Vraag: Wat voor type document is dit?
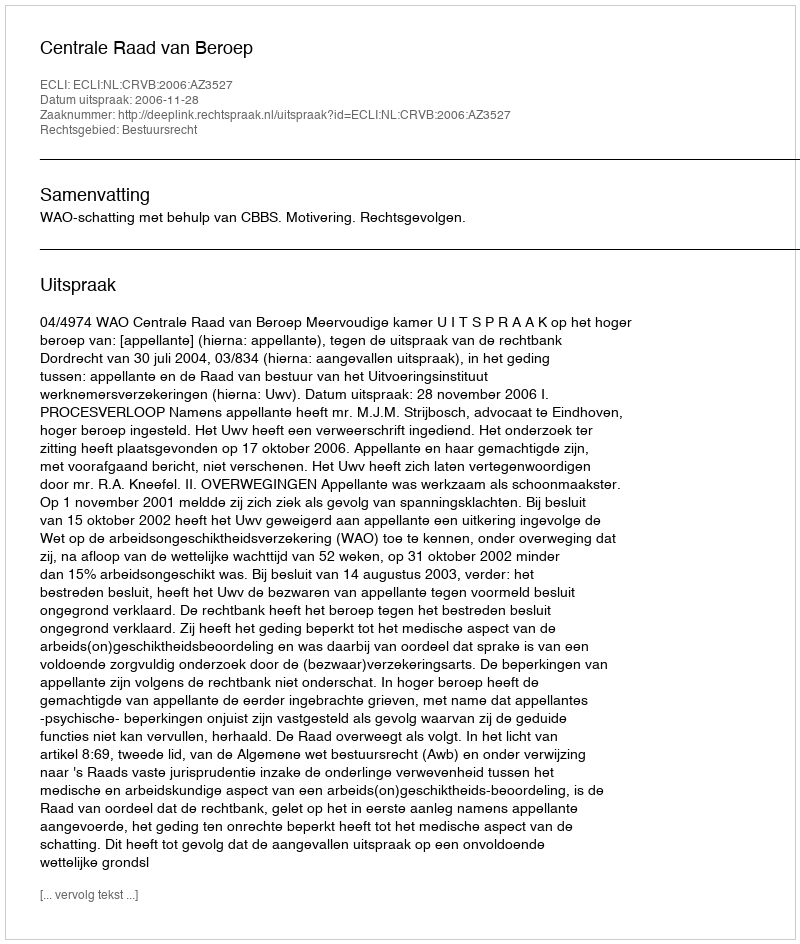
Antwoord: Uitspraak